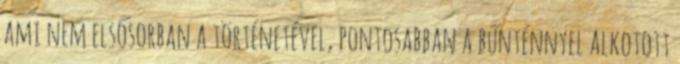
ami nem elsősorban a történetével, pontosabban a bűnténnyel alkotott